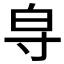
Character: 𱚞